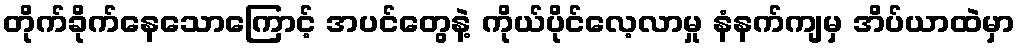
တိုက်ခိုက်နေသောကြောင့် အပင်တွေနဲ့ ကိုယ်ပိုင်လေ့လာမှု နံနက်ကျမှ အိပ်ယာထဲမှာ